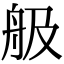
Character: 䑥